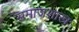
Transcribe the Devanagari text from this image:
समाजशास्त्रः